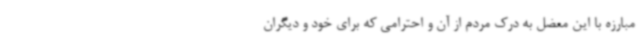
مبارزه با این معضل به درک مردم از آن و احترامی که برای خود و دیگران